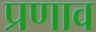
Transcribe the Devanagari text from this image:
प्रणाव